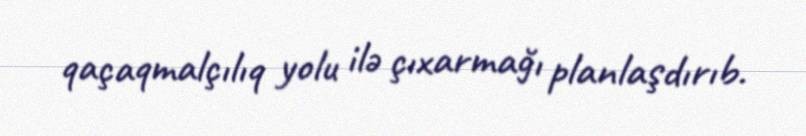
qaçaqmalçılıq yolu ilə çıxarmağı planlaşdırıb.